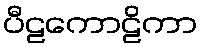
ပီဠကောဠိကာ